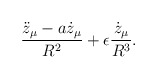
\begin{align*}{\ddot{z}_{\mu}-a \dot{z}_{\mu} \over R^2}+\epsilon {\dot{z}_{\mu} \over R^3}.\end{align*}